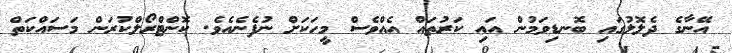
އޭނާގެ ދެލޮލުގައި ބޮނޑިވަމުން އައި ކަރުތައް އެއްވެސް މީހަކަށް ނުފެނެއެވެ. ކޮންޓްރޯލްކުރަން މަސައްކަތް